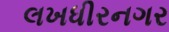
લખધીરનગર